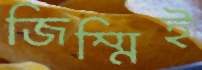
জিম্মিই